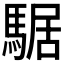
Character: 𩤅